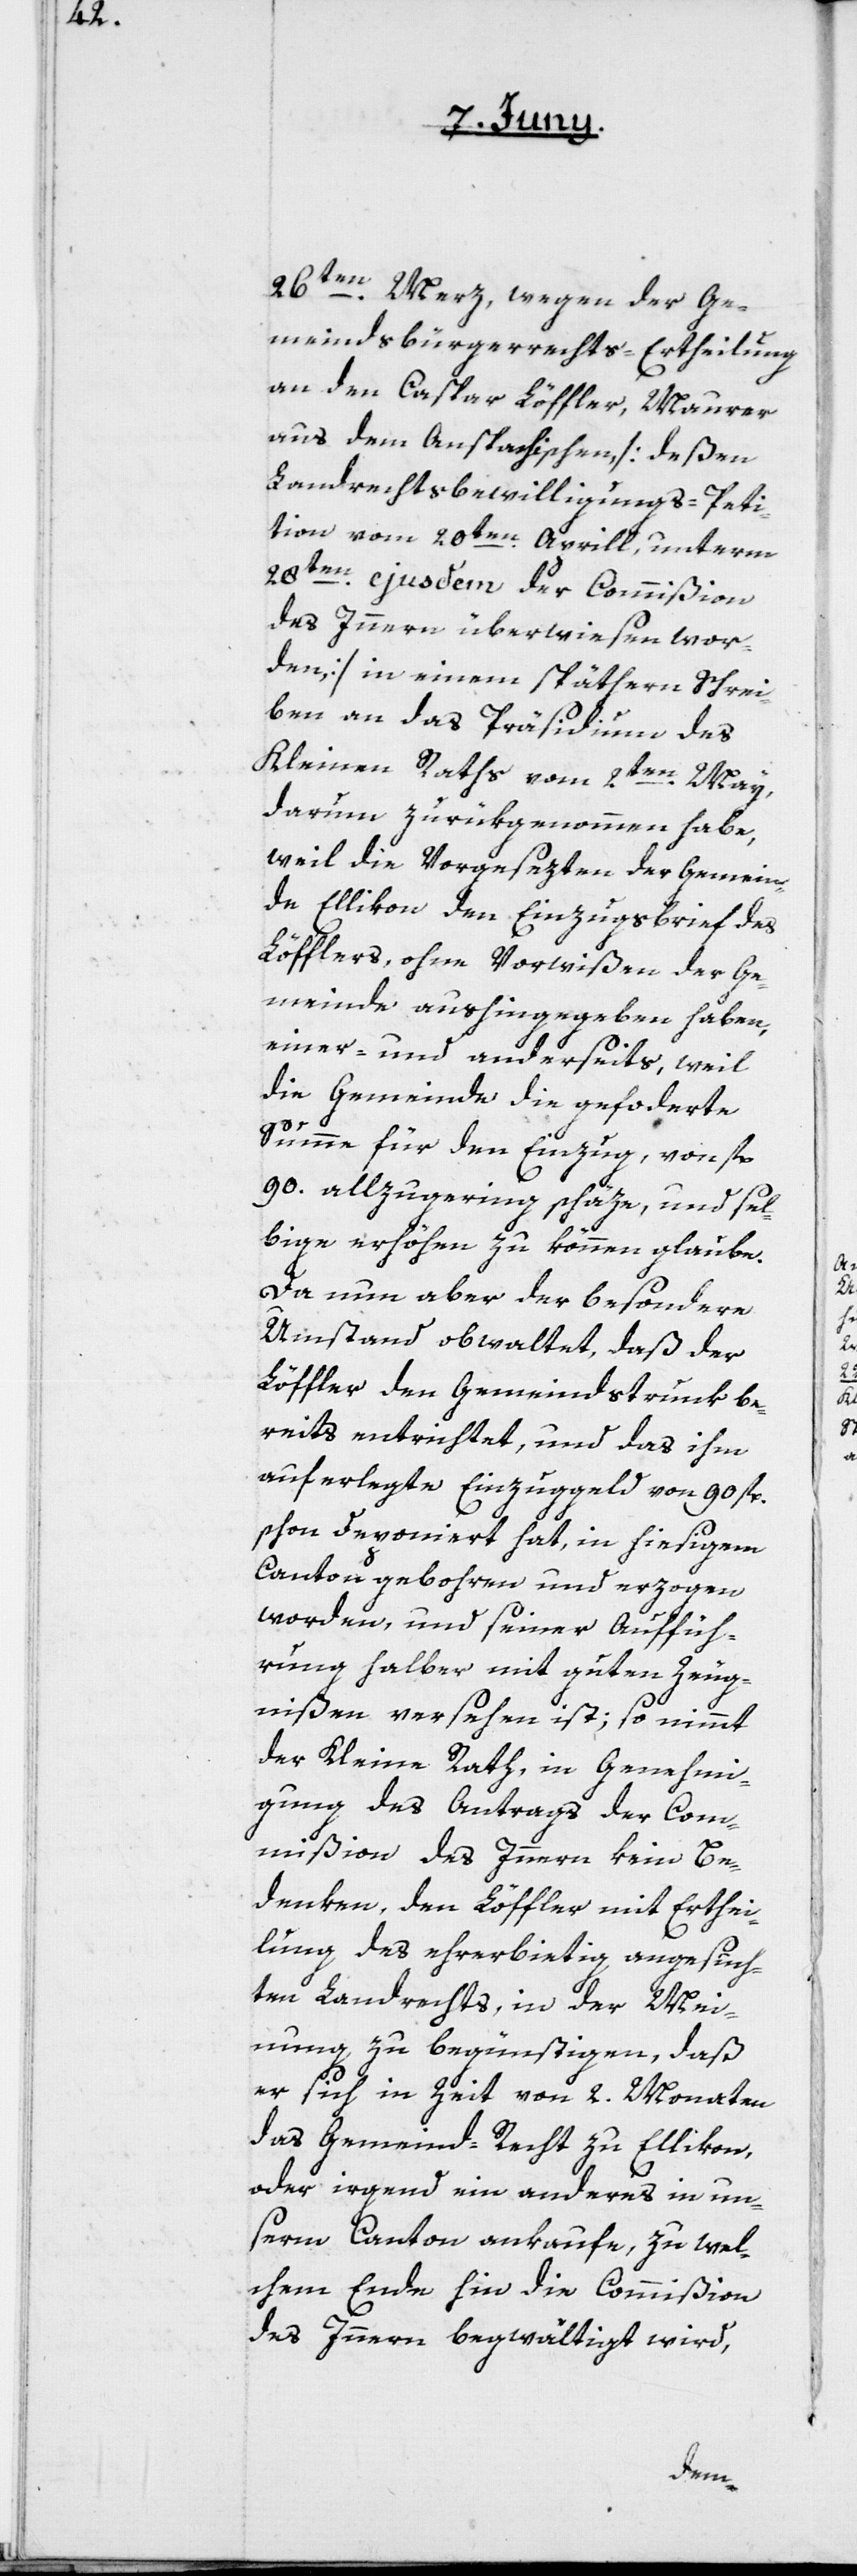
26ten Merz, wegen der Ge¬
meindsbürgerrechts-Ertheilung
an den Caspar Löffler, Maurer
aus dem Anspachischen [deßen
Landrechtsbewilligungs-Peti¬
tion vom 20ten Aprill, unterm
28ten ejusdem der Commißion
des Innern überwiesen wor¬
den] in einem späthern Schrei¬
ben an das Präsidium des
Kleinen Raths vom 2ten May,
darum zurükgenommen habe,
weil die Vorgesezten der Gemein¬
de Ellikon den Einzugsbrief des
Löfflers, ohne Vorwißen der Ge¬
meinde aushingegeben haben,
einer- und anderseits weil
die Gemeinde die geforderte
Summe für den Einzug von fl.
90. allzugering schäze, und sel¬
bige erhöhen zu können glaube.
Da nun aber der besondere
Umstand obwaltet, daß der
Löffler den Gemeindstrunk be¬
reits entrichtet, und das ihm
auferlegte Einzuggeld von 90 fl.
schon deponiert hat, in hiesigem
Canton gebohren und erzogen
worden, und seiner Auffüh¬
rung halber mit guten Zeug¬
nißen versehen ist; so nimmt
der Kleine Rath in Genehmi¬
gung des Antrags der Com¬
mißion des Innern kein Be¬
denken, den Löffler mit Erthei¬
lung des ehrerbietig angesuch¬
ten Landrechts, in der Mei¬
nung zu begünstigen, daß
er sich in Zeit von 2. Monaten
das Gemeind-Recht zu Ellikon,
oder irgend ein anderes in un¬
serm Canton ankaufe, zu wel¬
chem Ende hin die Commißion
des Innern begwältigt wird,